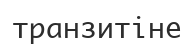
транзитіне